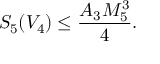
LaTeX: S _ { 5 } ( V _ { 4 } ) \leq \frac { A _ { 3 } M _ { 5 } ^ { 3 } } { 4 } .